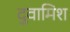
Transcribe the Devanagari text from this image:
दुवामिश